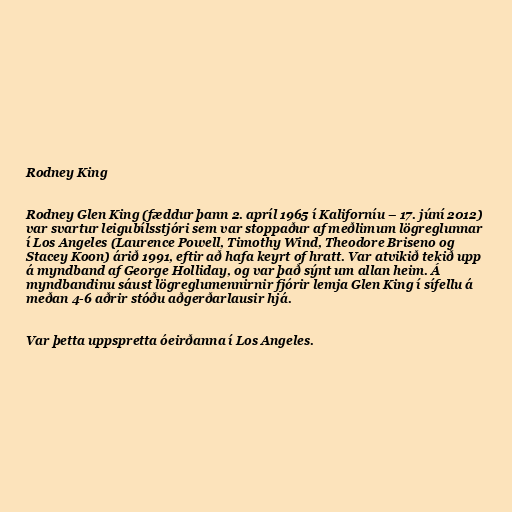
Rodney King

Rodney Glen King (fæddur þann 2. apríl 1965 í Kaliforníu – 17. júní 2012)
var svartur leigubílsstjóri sem var stoppaður af meðlimum lögreglunnar
í Los Angeles (Laurence Powell, Timothy Wind, Theodore Briseno og
Stacey Koon) árið 1991, eftir að hafa keyrt of hratt. Var atvikið tekið upp
á myndband af George Holliday, og var það sýnt um allan heim. Á
myndbandinu sáust lögreglumennirnir fjórir lemja Glen King í sífellu á
meðan 4-6 aðrir stóðu aðgerðarlausir hjá.

Var þetta uppspretta óeirðanna í Los Angeles.